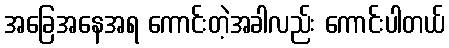
အခြေအနေအရ ကောင်းတဲ့အခါလည်း ကောင်းပါတယ်